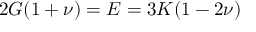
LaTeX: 2 G ( 1 + \nu ) = E = 3 K ( 1 - 2 \nu )